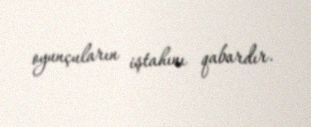
oyunçuların iştahını qabardır.